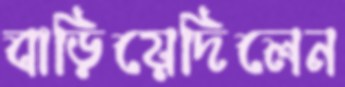
বাড়িয়েদিলেন